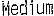
MEDIUM